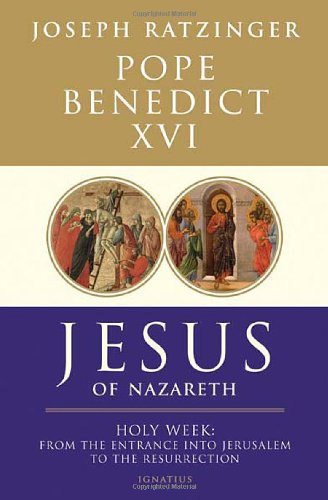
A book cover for Jesus of Nazareth: Holy Week: From the Entrance Into Jerusalem To The Resurrection; Pope Benedict XVI; Christian Books & Bibles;